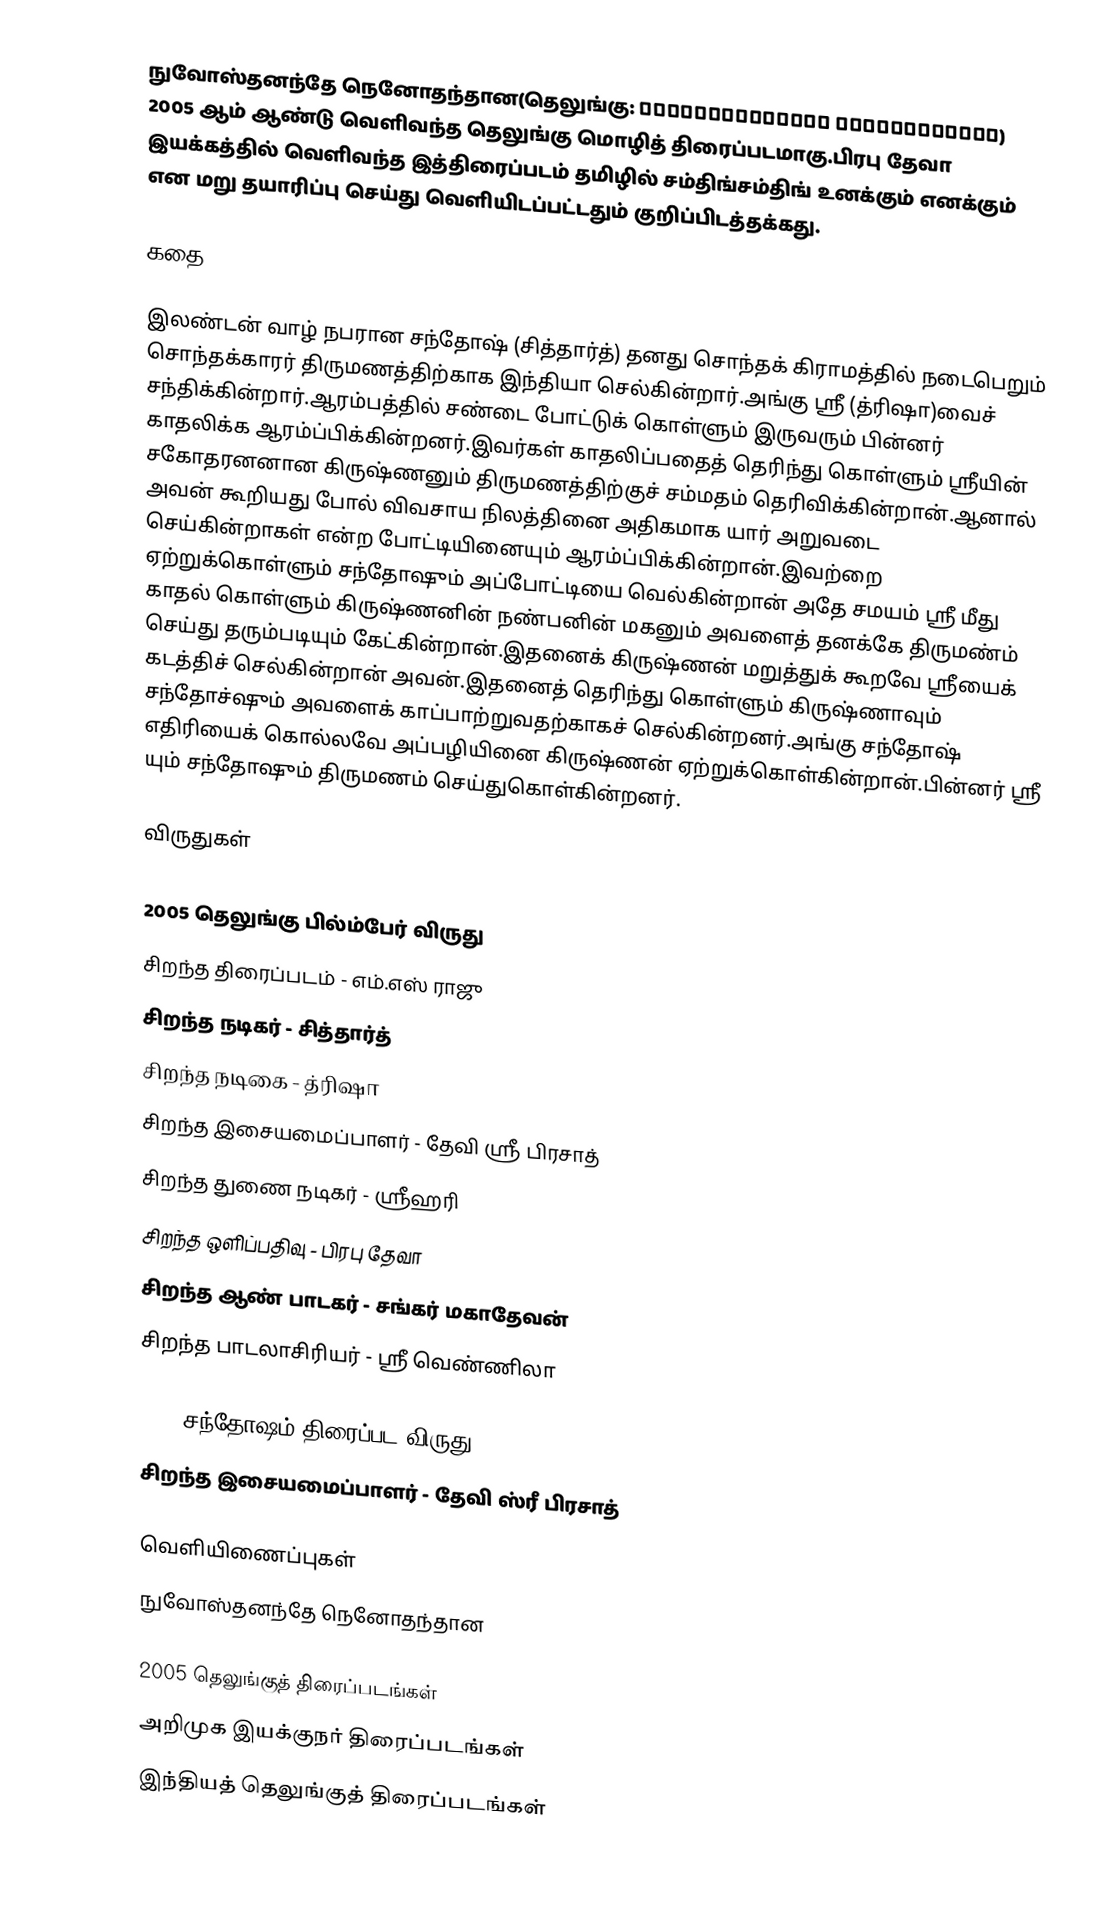
நுவோஸ்தனந்தே நெனோதந்தான(தெலுங்கு: నువ్వొస్తానంటే నేవొద్దంటానా) 2005 ஆம் ஆண்டு வெளிவந்த தெலுங்கு மொழித் திரைப்படமாகு.பிரபு தேவா இயக்கத்தில் வெளிவந்த இத்திரைப்படம் தமிழில் சம்திங்சம்திங் உனக்கும் எனக்கும் என மறு தயாரிப்பு செய்து வெளியிடப்பட்டதும் குறிப்பிடத்தக்கது.

கதை

இலண்டன் வாழ் நபரான சந்தோஷ் (சித்தார்த்) தனது சொந்தக் கிராமத்தில் நடைபெறும் சொந்தக்காரர் திருமணத்திற்காக இந்தியா செல்கின்றார்.அங்கு ஸ்ரீ (த்ரிஷா)வைச் சந்திக்கின்றார்.ஆரம்பத்தில் சண்டை போட்டுக் கொள்ளும் இருவரும் பின்னர் காதலிக்க ஆரம்ப்பிக்கின்றனர்.இவர்கள் காதலிப்பதைத் தெரிந்து கொள்ளும் ஸ்ரீயின் சகோதரனனான கிருஷ்ணனும் திருமணத்திற்குச் சம்மதம் தெரிவிக்கின்றான்.ஆனால் அவன் கூறியது போல் விவசாய நிலத்தினை அதிகமாக யார் அறுவடை செய்கின்றாகள் என்ற போட்டியினையும் ஆரம்ப்பிக்கின்றான்.இவற்றை ஏற்றுக்கொள்ளும் சந்தோஷும் அப்போட்டியை வெல்கின்றான் அதே சமயம் ஸ்ரீ மீது காதல் கொள்ளும் கிருஷ்ணனின் நண்பனின் மகனும் அவளைத் தனக்கே திருமண்ம் செய்து தரும்படியும் கேட்கின்றான்.இதனைக் கிருஷ்ணன் மறுத்துக் கூறவே ஸ்ரீயைக் கடத்திச் செல்கின்றான் அவன்.இதனைத் தெரிந்து கொள்ளும் கிருஷ்ணாவும் சந்தோச்ஷும் அவளைக் காப்பாற்றுவதற்காகச் செல்கின்றனர்.அங்கு சந்தோஷ் எதிரியைக் கொல்லவே அப்பழியினை கிருஷ்ணன் ஏற்றுக்கொள்கின்றான்.பின்னர் ஸ்ரீ யும் சந்தோஷும் திருமணம் செய்துகொள்கின்றனர்.

விருதுகள்

2005 தெலுங்கு பில்ம்பேர் விருது
 சிறந்த திரைப்படம் - எம்.எஸ் ராஜு
 சிறந்த நடிகர் - சித்தார்த்
 சிறந்த நடிகை - த்ரிஷா
 சிறந்த இசையமைப்பாளர் - தேவி ஸ்ரீ பிரசாத்
 சிறந்த துணை நடிகர் - ஸ்ரீஹரி
 சிறந்த ஒளிப்பதிவு - பிரபு தேவா
 சிறந்த ஆண் பாடகர் - சங்கர் மகாதேவன்
 சிறந்த பாடலாசிரியர் - ஸ்ரீ வெண்ணிலா

2006 சந்தோஷம் திரைப்பட விருது
 சிறந்த இசையமைப்பாளர் - தேவி ஸ்ரீ பிரசாத்

வெளியிணைப்புகள்
நுவோஸ்தனந்தே நெனோதந்தான

2005 தெலுங்குத் திரைப்படங்கள்
அறிமுக இயக்குநர் திரைப்படங்கள்
இந்தியத் தெலுங்குத் திரைப்படங்கள்